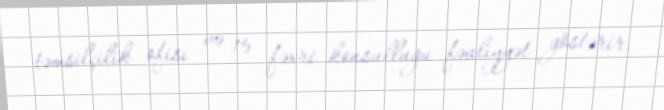
təmsilçilik ofisi və 15 fəxri konsulluğu fəaliyyət göstərir.